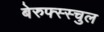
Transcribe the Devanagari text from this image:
बेरुफ्स्स्चुल